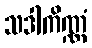
သဒါကိဏ္ဏံ